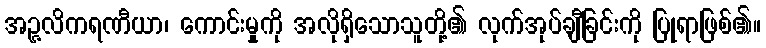
အဉ္ဇလိကရဏီယာ၊ ကောင်းမှုကို အလိုရှိသောသူတို့၏ လုက်အုပ်ချီခြင်းကို ပြုရာဖြစ်၏။